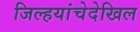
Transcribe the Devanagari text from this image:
जिल्हयांचेदेखिल